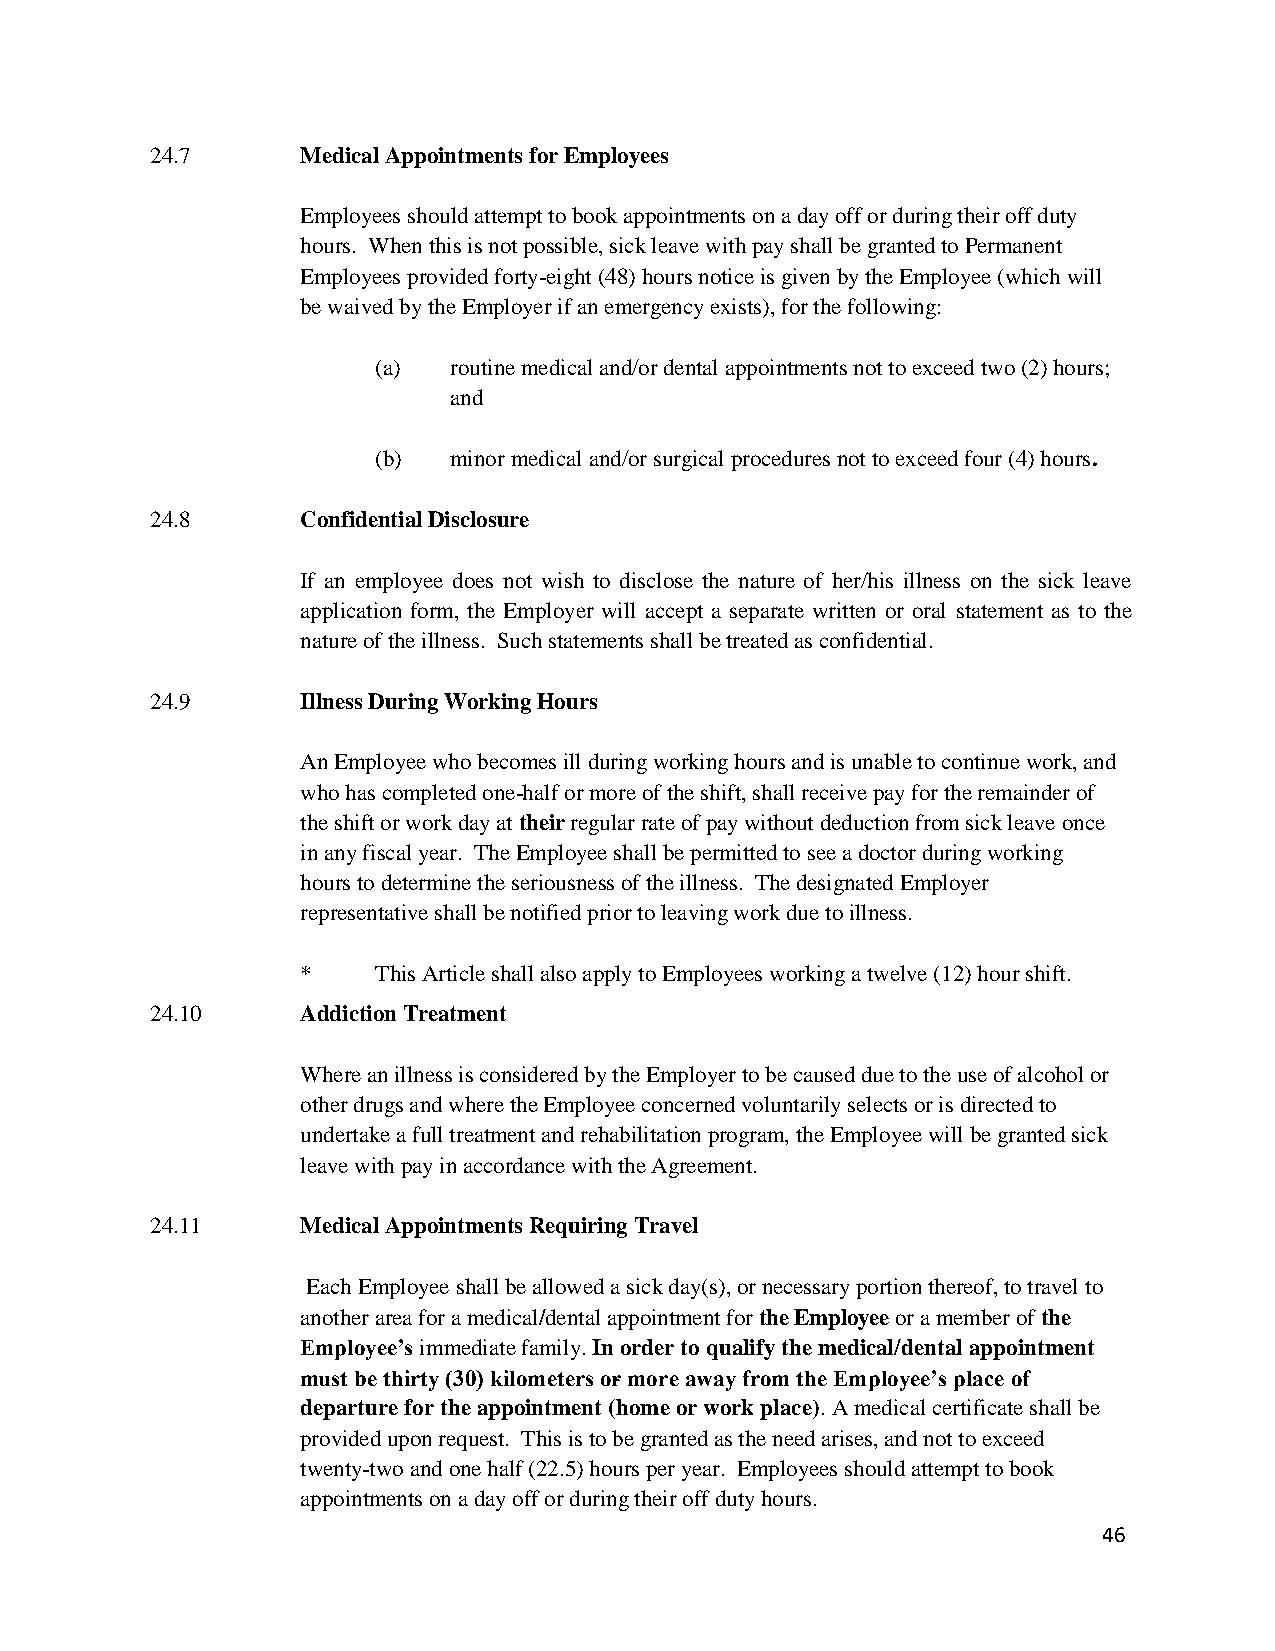
24.7      Medical Appointments for Employees
 Employees should attempt to book appointments on a day off or during their off duty
 hours. When this is not possible, sick leave with pay shall be granted to Permanent
 Employees provided forty-eight (48) hours notice is given by the Employee (which will
 be waived by the Employer if an emergency exists), for the following:
 (a)  routine medical and/or dental appointments not to exceed two (2) hours;
 and
 (b)  minor medical and/or surgical procedures not to exceed four (4) hours.
 24.8      Confidential Disclosure
 If an employee does not wish to disclose the nature of her/his illness on the sick leave
 application form, the Employer will accept a separate written or oral statement as to the
 nature of the illness. Such statements shall be treated as confidential.
 24.9      Illness During Working Hours
 An Employee who becomes ill during working hours and is unable to continue work, and
 who has completed one-half or more of the shift, shall receive pay for the remainder of
 the shift or work day at their regular rate of pay without deduction from sick leave once
 in any fiscal year. The Employee shall be permitted to see a doctor during working
 hours to determine the seriousness of the illness. The designated Employer
 representative shall be notified prior to leaving work due to illness.
 *    This Article shall also apply to Employees working a twelve (12) hour shift.
 24.10     Addiction Treatment
 Where an illness is considered by the Employer to be caused due to the use of alcohol or
 other drugs and where the Employee concerned voluntarily selects or is directed to
 undertake a full treatment and rehabilitation program, the Employee will be granted sick
 leave with pay in accordance with the Agreement.
 24.11     Medical Appointments Requiring Travel
 Each Employee shall be allowed a sick day(s), or necessary portion thereof, to travel to
 another area for a medical/dental appointment for the Employee or a member of the
 Employee’s immediate family. In order to qualify the medical/dental appointment
 must be thirty (30) kilometers or more away from the Employee’s place of
 departure for the appointment (home or work place). A medical certificate shall be
 provided upon request. This is to be granted as the need arises, and not to exceed
 twenty-two and one half (22.5) hours per year. Employees should attempt to book
 appointments on a day off or during their off duty hours.
 46